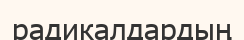
радикалдардың